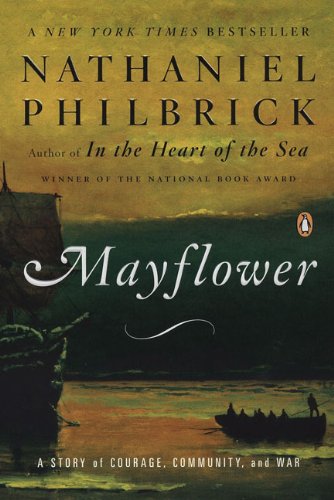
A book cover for Mayflower: A Story of Courage, Community, and War; Nathaniel Philbrick; History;